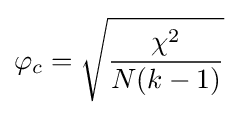
\varphi _{c}={\sqrt {\frac {\chi ^{2}}{N(k-1)}}}